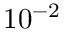
1 0 ^ { - 2 }